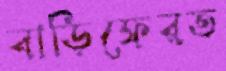
বাড়িফেরত